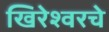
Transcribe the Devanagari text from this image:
खिरेश्वरचे